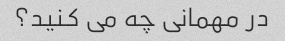
در مهمانی چه می کنید؟